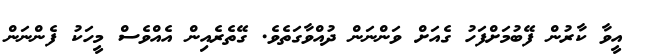
އީވާ ކާރުން ފޭބުމަށްފަހު ގެއަށް ވަންނަން ދުއްވާގަތެވެ. ގޭތެރެއިން އެއްވެސް މީހަކު ފެންނަން